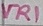
Text: VR1